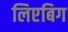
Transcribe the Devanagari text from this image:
लिएबिग